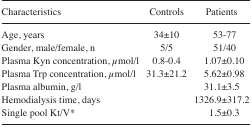
<table><thead><tr><td><b>Characteristics</b></td><td><b>Controls</b></td><td><b>Patients</b></td></tr></thead><tbody><tr><td>Age, years</td><td>34±10</td><td>53–77</td></tr><tr><td>Gender, male/female, n</td><td>5/5</td><td>51/40</td></tr><tr><td>Plasma Kyn concentration, μmol/l</td><td>0.8–0.4</td><td>1.07±0.10</td></tr><tr><td>Plasma Trp concentration, μmol/l</td><td>31.3±21.2</td><td>5.62±0.98</td></tr><tr><td>Plasma albumin, g/l</td><td></td><td>31.1±3.5</td></tr><tr><td>Hemodialysis time, days</td><td></td><td>1326.9±317.2</td></tr><tr><td>Single pool Kt/V*</td><td></td><td>1.5±0.3</td></tr></tbody></table>